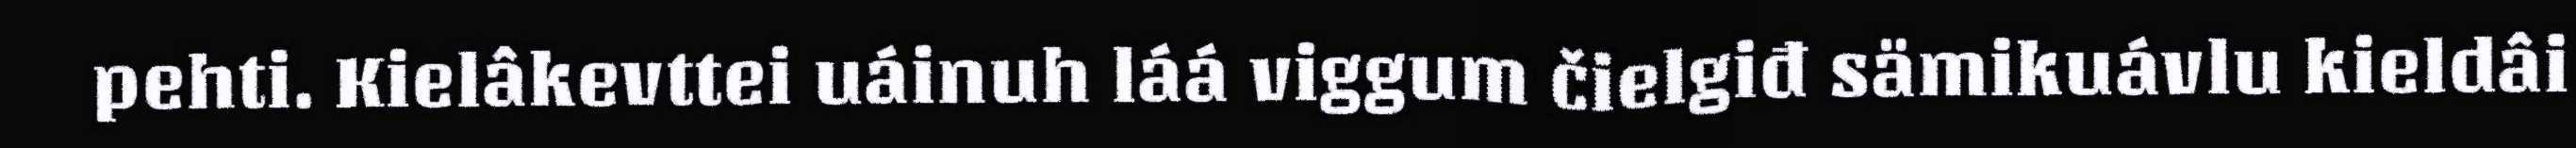
pehti. Kielâkevttei uáinuh láá viggum čielgiđ sämikuávlu kieldâi